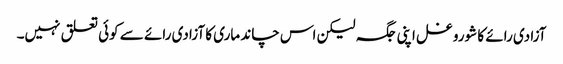
آزادی رائے کا شورو غل اپنی جگہ لیکن اس چاند ماری کا آزادی رائے سے کوئی تعلق نہیں۔